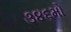
૩૪૬મો